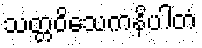
သတ္တဝိသေကနိပါတံ